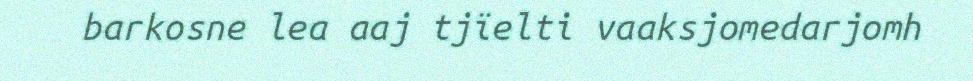
barkosne lea aaj tjïelti vaaksjomedarjomh